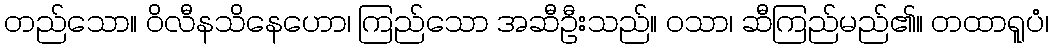
တည်သော။ ဝိလီနသိနေဟော၊ ကြည်သော အဆီဦးသည်။ ဝသာ၊ ဆီကြည်မည်၏။ တထာရူပံ၊